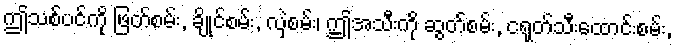
ဤသစ်ပင်ကို ဖြတ်စမ်း, ချိုင်စမ်း, လှဲစမ်း၊ ဤအသီးကို ဆွတ်စမ်း, ငရုတ်သီးထောင်းစမ်း,